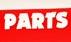
parts